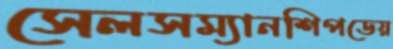
সেলসম্যানশিপডেয়